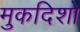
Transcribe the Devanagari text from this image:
मुकदिशो